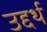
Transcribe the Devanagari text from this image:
उद्दर्थ